Vaccination in the Punjab 1867-1880 - 1867-1880
Year: 1867
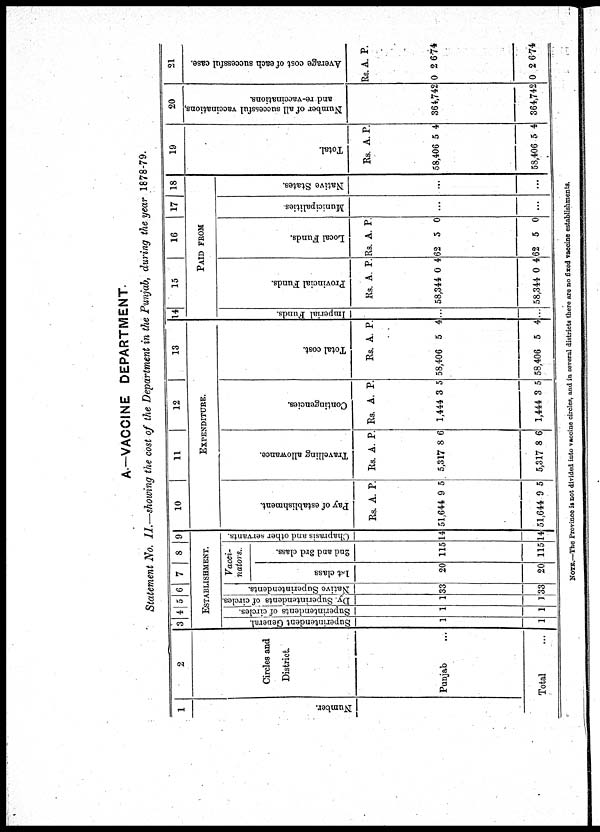
A.—VACCINE DEPARTMENT.
Statement No. II.—showing the cost of the Department in the Punjab, during the year 1878-79.
1
Number.
2
Circles and
District.
Punjab ...
Total ...
3 4 5 6 7
8 9
ESTABLISHMENT.
Superintendent General.
1
1
Superintendents of circles.
1
1
Dy. Superintendents of circles.
1
1
Native Superintendents.
33
33
Vacci-
nators.
1st class
20
20
2nd and 3rd class.
115
115
Chaprasis and other servants.
14
14
10
11
12
13
EXPENDITURE.
Pay of establishment.
Rs.
51,644
51,644
A.
9
9
P.
5
5
Travelling allowance.
Rs.
5,317
5,317
A.
8
8
P.
6
6
Contingencies.
Rs.
1,444
1,444
A.
3
3
P.
5
5
Total cost.
Rs.
58,406
58,406
A.
5
5
P.
4
4
14
15
16
17 18
PAID FROM
Imperial Funds.
...
...
Provincial Funds.
Rs.
58,344
58,344
A.
0
0
P.
4
4
Local Funds.
Rs.
62
62
A.
5
5
P.
0
0
Municipalities
...
...
Native States.
...
...
19
Total.
Rs.
58,406
58,406
A.
5
5
P.
4
4
20
Number of all successful vaccinations,
and re-vaccinations.
364,742
364,742
21
Average cost of each successful case.
Rs.
0
0
A.
2
2
P.
6.74
6.74
NOTE.—The Province is not divided into vaccine circles, and in several districts there are no fixed vaccine establishments.